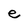
Character: e